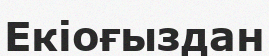
Екіоғыздан